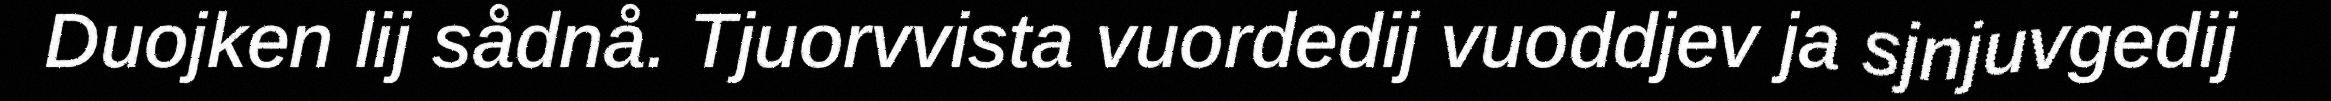
Duojken lij sådnå. Tjuorvvista vuordedij vuoddjev ja sjnjuvgedij